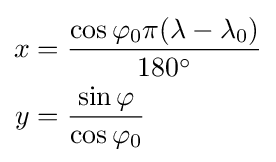
{\begin{aligned}x&={\frac {\cos \varphi _{0}\pi (\lambda -\lambda _{0})}{180^{\circ }}}\\y&={\frac {\sin \varphi }{\cos \varphi _{0}}}\end{aligned}}